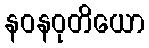
နဝနဝုတိယော